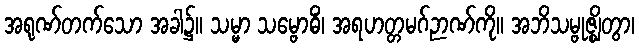
အရုဏ်တက်သော အခါ၌။ သမ္မာ သမ္ဗောဓိံ၊ အရဟတ္တမဂ်ဉာဏ်ကို။ အဘိသမ္ဗုဇ္ဈိတွာ၊